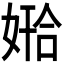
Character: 𫱅